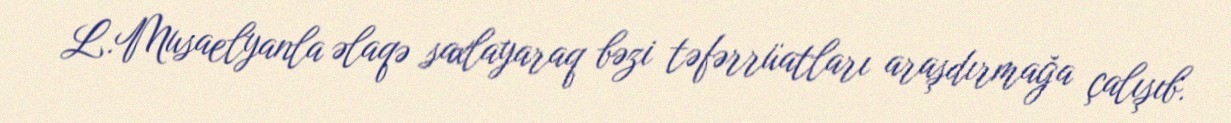
L.Musaelyanla əlaqə saxlayaraq bəzi təfərrüatları araşdırmağa çalışıb.